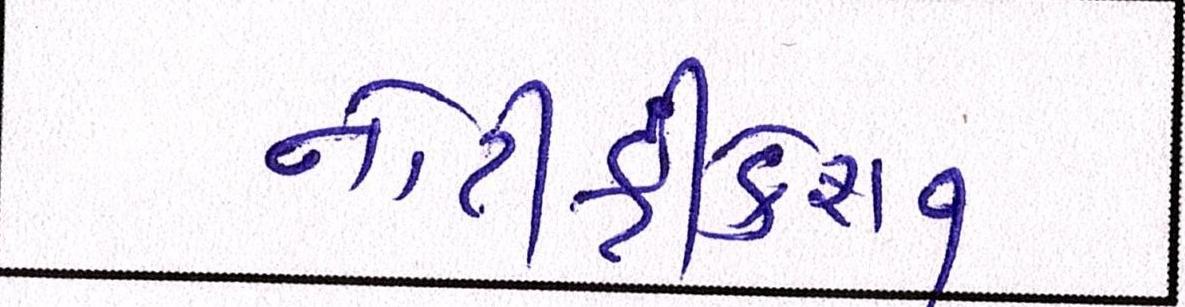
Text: નોટીફીકેશન